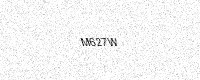
Text: M627W